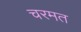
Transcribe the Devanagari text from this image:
चरमत